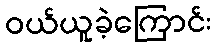
ဝယ်ယူခဲ့ကြောင်း